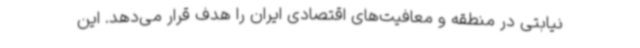
نیابتی در منطقه و معافیت‌های اقتصادی ایران را هدف قرار می‌دهد. این